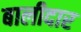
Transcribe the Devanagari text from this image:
बालीदार